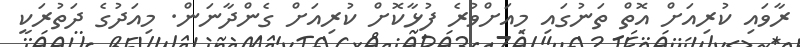
ރާވައި ކުރިއަށް އޮތް ތަނުގައި މިއަށްވުރެ ފުޅާކޮށް ކުރިއަށް ގެންދާނަން. މިއަދުގެ ދަތުރަކީ